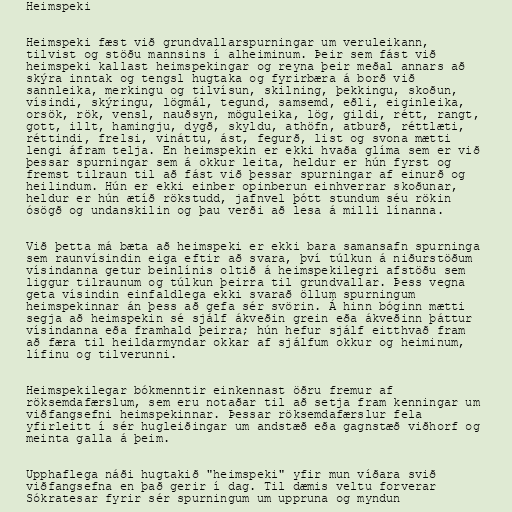
Heimspeki

Heimspeki fæst við grundvallarspurningar um veruleikann,
tilvist og stöðu mannsins í alheiminum. Þeir sem fást við
heimspeki kallast heimspekingar og reyna þeir meðal annars að
skýra inntak og tengsl hugtaka og fyrirbæra á borð við
sannleika, merkingu og tilvísun, skilning, þekkingu, skoðun,
vísindi, skýringu, lögmál, tegund, samsemd, eðli, eiginleika,
orsök, rök, vensl, nauðsyn, möguleika, lög, gildi, rétt, rangt,
gott, illt, hamingju, dygð, skyldu, athöfn, atburð, réttlæti,
réttindi, frelsi, vináttu, ást, fegurð, list og svona mætti
lengi áfram telja. En heimspekin er ekki hvaða glíma sem er við
þessar spurningar sem á okkur leita, heldur er hún fyrst og
fremst tilraun til að fást við þessar spurningar af einurð og
heilindum. Hún er ekki einber opinberun einhverrar skoðunar,
heldur er hún ætíð rökstudd, jafnvel þótt stundum séu rökin
ósögð og undanskilin og þau verði að lesa á milli línanna.

Við þetta má bæta að heimspeki er ekki bara samansafn spurninga
sem raunvísindin eiga eftir að svara, því túlkun á niðurstöðum
vísindanna getur beinlínis oltið á heimspekilegri afstöðu sem
liggur tilraunum og túlkun þeirra til grundvallar. Þess vegna
geta vísindin einfaldlega ekki svarað öllum spurningum
heimspekinnar án þess að gefa sér svörin. Á hinn bóginn mætti
segja að heimspekin sé sjálf ákveðin grein eða ákveðinn þáttur
vísindanna eða framhald þeirra; hún hefur sjálf eitthvað fram
að færa til heildarmyndar okkar af sjálfum okkur og heiminum,
lífinu og tilverunni.

Heimspekilegar bókmenntir einkennast öðru fremur af
röksemdafærslum, sem eru notaðar til að setja fram kenningar um
viðfangsefni heimspekinnar. Þessar röksemdafærslur fela
yfirleitt í sér hugleiðingar um andstæð eða gagnstæð viðhorf og
meinta galla á þeim.

Upphaflega náði hugtakið "heimspeki" yfir mun víðara svið
viðfangsefna en það gerir í dag. Til dæmis veltu forverar
Sókratesar fyrir sér spurningum um uppruna og myndun